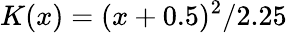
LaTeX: K(x)=(x+0.5)^{2}/2.25